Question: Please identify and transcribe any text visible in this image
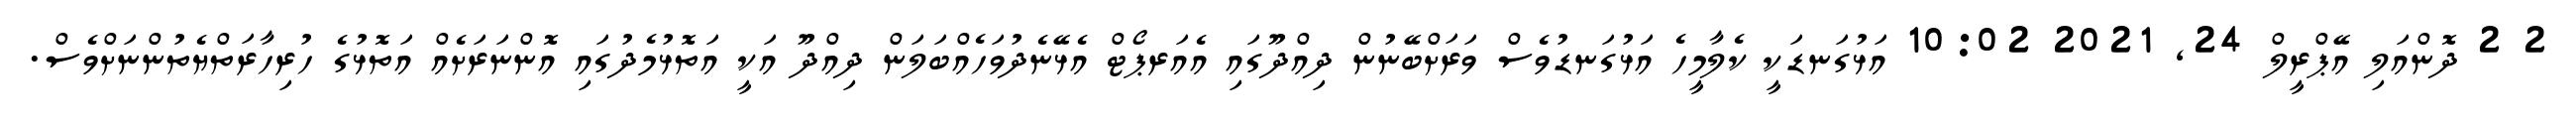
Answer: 2 2 ދޮންއަލި އޭޕްރީލް 24, 2021 10:02 އަޅުގަނޑަކީ ކެލާމީހެ އަޅުގަނޑުވެސް ވަރަށްބޭނުން ދިއްދޫގައި އެއަރޕޯޓް އެޅޭނެދުވަހެއްބަލަން ދިއްދޫ އަކީ އަތޮޅުމެދުގައި އޮންނަރަށެއް އަތޮޅުގެ ހުރިހާރަތްޔެތުންނަށްވެސް.